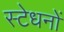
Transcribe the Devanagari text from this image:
स्टेधनों